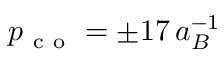
p _ { \mathrm { ~ c ~ o ~ } } = \pm 1 7 \, a _ { B } ^ { - 1 }